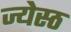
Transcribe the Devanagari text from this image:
ज्येस्ठ